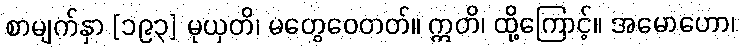
စာမျက်နှာ [၁၉၃] မုယှတိ၊ မတွေဝေတတ်။ ဣတိ၊ ထို့ကြောင့်။ အမောဟော၊